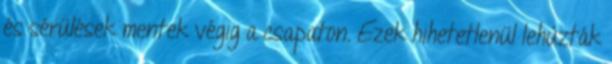
és sérülések mentek végig a csapaton. Ezek hihetetlenül lehúzták